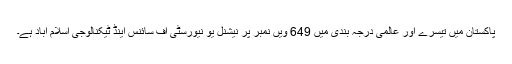
پاکستان میں تیسرے اور عالمی درجہ بندی میں 649 ویں نمبر پر نیشنل یو نیورسٹی آف سائنس اینڈ ٹیکنالوجی اسلام آباد ہے۔